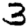
Digit: 3